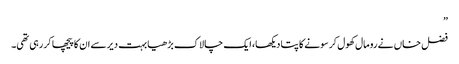
”
فضل خاں نے رومال کھول کر سونے کا پتا دیکھا، ایک چالاک بڑھیا بہت دیر سے ان کا پیچھا کر رہی تھی۔